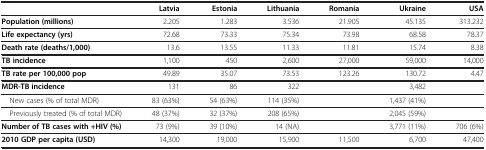
<table><thead><tr><td><b> </b></td><td><b>Latvia</b></td><td><b>Estonia</b></td><td><b>Lithuania</b></td><td><b>Romania</b></td><td><b>Ukraine</b></td><td><b>USA</b></td></tr></thead><tbody><tr><td><b>Population (millions)</b></td><td>2.205</td><td>1.283</td><td>3.536</td><td>21.905</td><td>45.135</td><td>313.232</td></tr><tr><td><b>Life expectancy (yrs)</b></td><td>72.68</td><td>73.33</td><td>75.34</td><td>73.98</td><td>68.58</td><td>78.37</td></tr><tr><td><b>Death rate (deaths/1,000)</b></td><td>13.6</td><td>13.55</td><td>11.33</td><td>11.81</td><td>15.74</td><td>8.38</td></tr><tr><td><b>TB incidence</b></td><td>1,100</td><td>450</td><td>2,600</td><td>27,000</td><td>59,000</td><td>14,000</td></tr><tr><td><b>TB rate per 100,000 pop</b></td><td>49.89</td><td>35.07</td><td>73.53</td><td>123.26</td><td>130.72</td><td>4.47</td></tr><tr><td><b>MDR-TB incidence</b></td><td>131</td><td>86</td><td>322</td><td> </td><td>3,482</td><td> </td></tr><tr><td> New cases (% of total MDR)</td><td>83 (63%)</td><td>54 (63%)</td><td>114 (35%)</td><td> </td><td>1,437 (41%)</td><td> </td></tr><tr><td> Previously treated (% of total MDR)</td><td>48 (37%)</td><td>32 (37%)</td><td>208 (65%)</td><td> </td><td>2,045 (59%)</td><td> </td></tr><tr><td><b>Number of TB cases with +HIV (%)</b></td><td>73 (9%)</td><td>39 (10%)</td><td>14 (NA)</td><td> </td><td>3,771 (11%)</td><td>706 (6%)</td></tr><tr><td><b>2010 GDP per capita (USD)</b></td><td>14,300</td><td>19,000</td><td>15,900</td><td>11,500</td><td>6,700</td><td>47,400</td></tr></tbody></table>